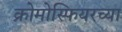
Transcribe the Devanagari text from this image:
क्रोमोस्फियरच्या